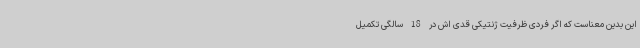
این بدین معناست که اگر فردی ظرفیت ژنتیکی قدی اش در 18 سالگی تکمیل